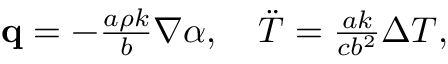
\begin{array} { r } { \mathbf q = - \frac { a \rho k } { b } \nabla \alpha , \quad \ddot { T } = \frac { a k } { c b ^ { 2 } } \Delta T , } \end{array}